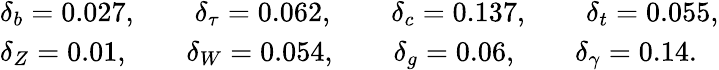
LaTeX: \begin{array}{l}{{\delta_{b}=0.027,\qquad\delta_{\tau}=0.062,\qquad\delta_{c}=0.137,\qquad\delta_{t}=0.055,}}\\ {{\delta_{Z}=0.01,\qquad\delta_{W}=0.054,\qquad\delta_{g}=0.06,\qquad\delta_{\gamma}=0.14.}}\end{array}